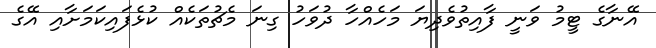
އޭނާގެ ޓީމު ވަނީ ފާއިތުވެދިޔަ މަހެއްހާ ދުވަހު ގިނަ މެޗުތަކެއް ކުޅެފައިކަމަށާއި އޭގެ